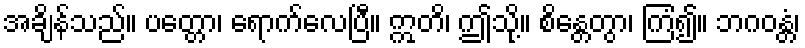
အချိန်သည်။ ပတ္တော၊ ရောက်လေပြီ။ ဣတိ၊ ဤသို့။ စိန္တေတွာ၊ ကြံ၍။ ဘဂဝန္တံ၊